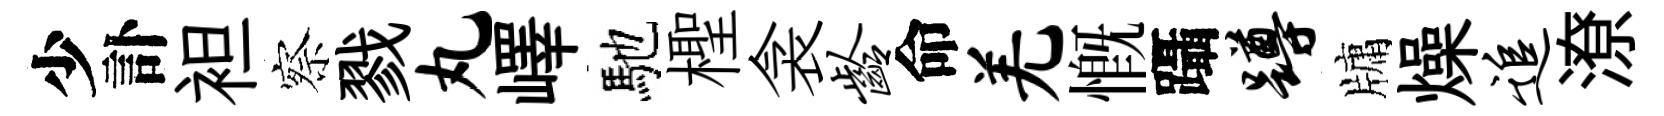
少訃袒察戮丸嶧馳檉衾龄命羌慨躡蹲牗燥追潦